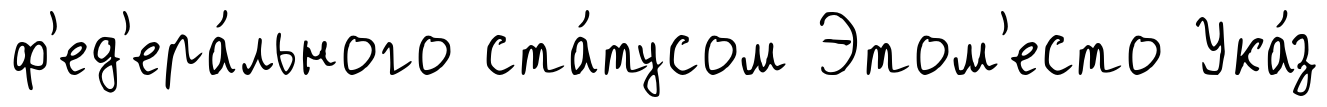
ф'ед'ера́льного ста́тусом Этом'есто Ука́з